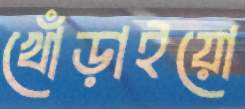
খোঁড়াইয়ো